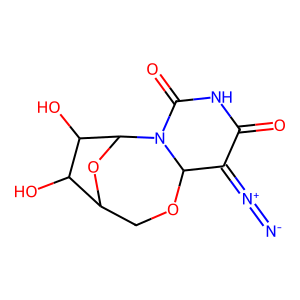
SMILES: [N-]=[N+]=C1C(=O)NC(=O)N2C1OCC1OC2C(O)C1O
Inhibits HIV replication: No